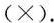
(×).